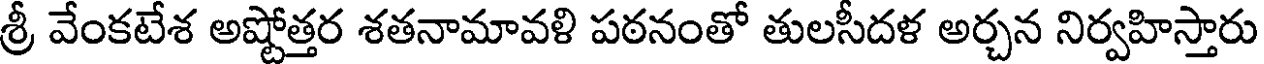
శ్రీ వేంకటేశ అష్టోత్తర శతనామావళి పఠనంతో తులసీదళ అర్చన నిర్వహిస్తారు